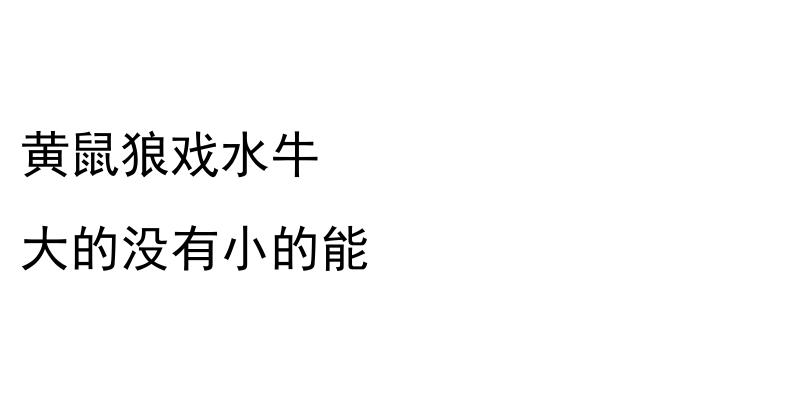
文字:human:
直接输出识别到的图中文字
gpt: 黄鼠狼戏水牛 大的没有小的能